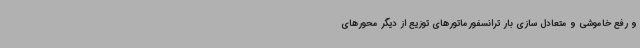
و رفع خاموشی و متعادل سازی بار ترانسفورماتورهای توزیع از دیگر محورهای